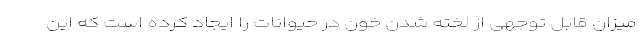
میزان قابل توجهی از لخته شدن خون در حیوانات را ایجاد کرده است که این